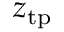
z _ { \mathrm { t p } }